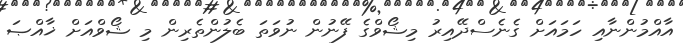
އާއްމުންނާއި ހަމައަށް ގެނެސްދޭއިރު މިޝޯވްގެ ފޭނުން ނުވަތަ ބެލުންތެރިން މި ޝޯވްއަށް ޚާއްޞަ